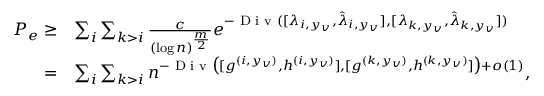
\begin{array} { r l } { P _ { e } \geq } & { \sum _ { i } \sum _ { k > i } \frac { c } { ( \log n ) ^ { \frac { m } { 2 } } } e ^ { - \textup { D i v } ( [ { \lambda _ { i , y _ { v } } } , { \hat { \lambda } _ { i , y _ { v } } } ] , [ { \lambda _ { k , y _ { v } } } , { \hat { \lambda } _ { k , y _ { v } } } ] ) } } \\ { = } & { \sum _ { i } \sum _ { k > i } n ^ { - \textup { D i v } \big ( [ { g ^ { ( i , y _ { v } ) } } , { h ^ { ( i , y _ { v } ) } } ] , [ { g ^ { ( k , y _ { v } ) } } , { h ^ { ( k , y _ { v } ) } } ] \big ) + o ( 1 ) } , } \end{array}